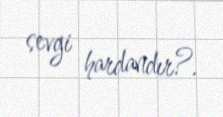
sevgi hardandır?.